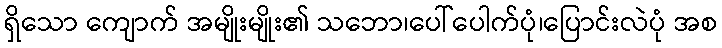
ရှိသော ကျောက် အမျိုးမျိုး၏ သဘော၊ပေါ်ပေါက်ပုံ၊ပြောင်းလဲပုံ အစ